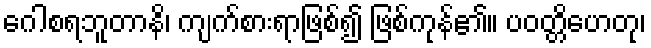
ဂေါစရဘူတာနိ၊ ကျက်စားရာဖြစ်၍ ဖြစ်ကုန်၏။ ပဝတ္တိဟေတု၊